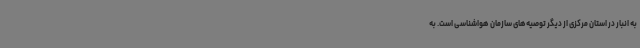
به انبار در استان مرکزی از دیگر توصیه‌های سازمان هواشناسی است. به